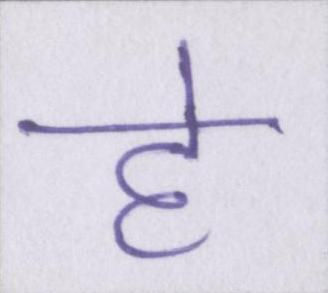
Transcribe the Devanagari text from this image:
हे